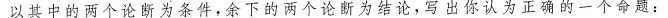
以其中的两个论断为条件，余下的两个论断为结论，写出你认为正确的一个命题：